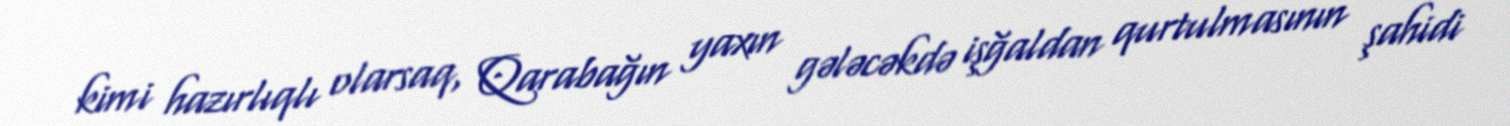
kimi hazırlıqlı olarsaq, Qarabağın yaxın gələcəkdə işğaldan qurtulmasının şahidi